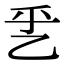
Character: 乯